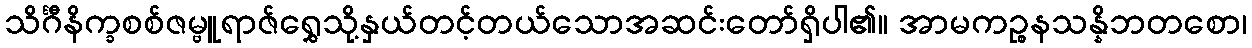
သိင်္ဂီနိက္ခစစ်ဇမ္ဗူရာဇ်ရွှေသို့နှယ်တင့်တယ်သောအဆင်းတော်ရှိပါ၏။ အာမကဉ္စနသန္နိဘတစော၊